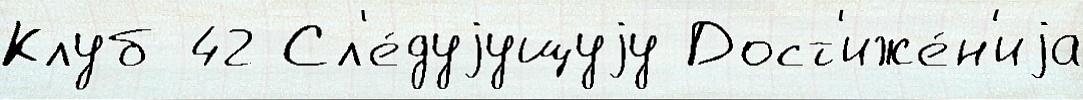
Клуб 42 Сл'е́дуjущуjу Дост'иже́н'иjа